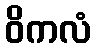
ဝိကလံ